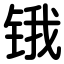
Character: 锇